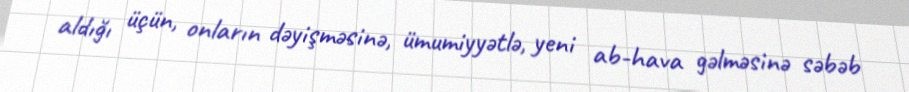
aldığı üçün, onların dəyişməsinə, ümumiyyətlə, yeni ab-hava gəlməsinə səbəb